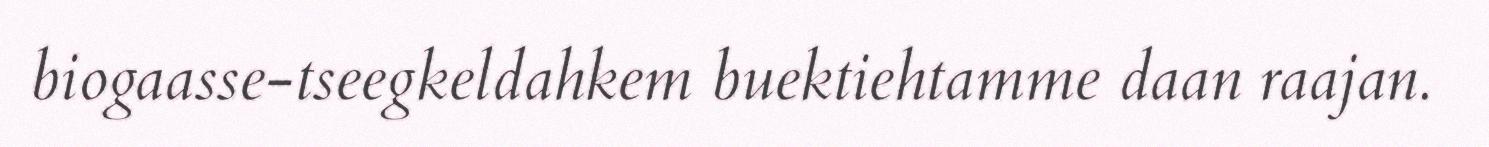
biogaasse-tseegkeldahkem buektiehtamme daan raajan.